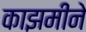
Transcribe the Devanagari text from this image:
काझमीने